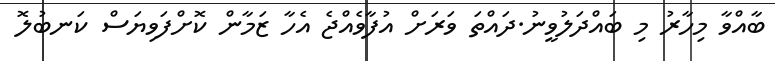
ބާއްވާ މިހާރު މި ބައްދަލުވީނު.ދައްތަ ވަރަށް އުފާވެއްޖެ އެހާ ޒަމާން ކޮށްފަވިޔަސް ކަނބުލޮ